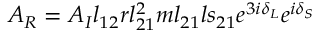
A _ { R } = A _ { I } l _ { 1 2 } r l _ { 2 1 } ^ { 2 } m l _ { 2 1 } l s _ { 2 1 } e ^ { 3 i \delta _ { L } } e ^ { i \delta _ { S } }